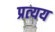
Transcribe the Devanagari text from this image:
प्रत्‍यय